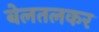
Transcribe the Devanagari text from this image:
बेलतलकर